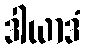
ဒါယာဒံ